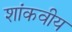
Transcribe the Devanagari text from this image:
शांकवीय